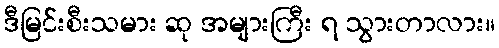
ဒီမြင်းစီးသမား ဆု အများကြီး ရ သွားတာလား။